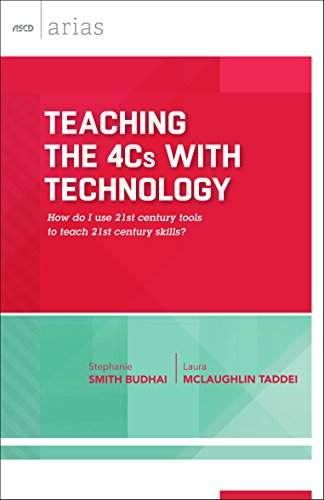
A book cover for Teaching the 4Cs with Technology: How do I use 21st century tools to teach 21st century skills? (ASCD Arias); Stephanie Smith Budhai; Education & Teaching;